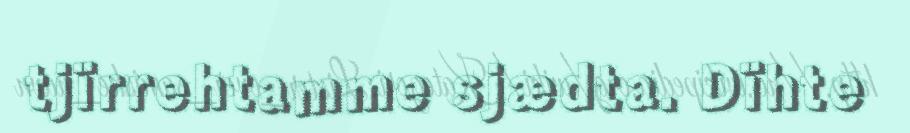
tjïrrehtamme sjædta. Dïhte